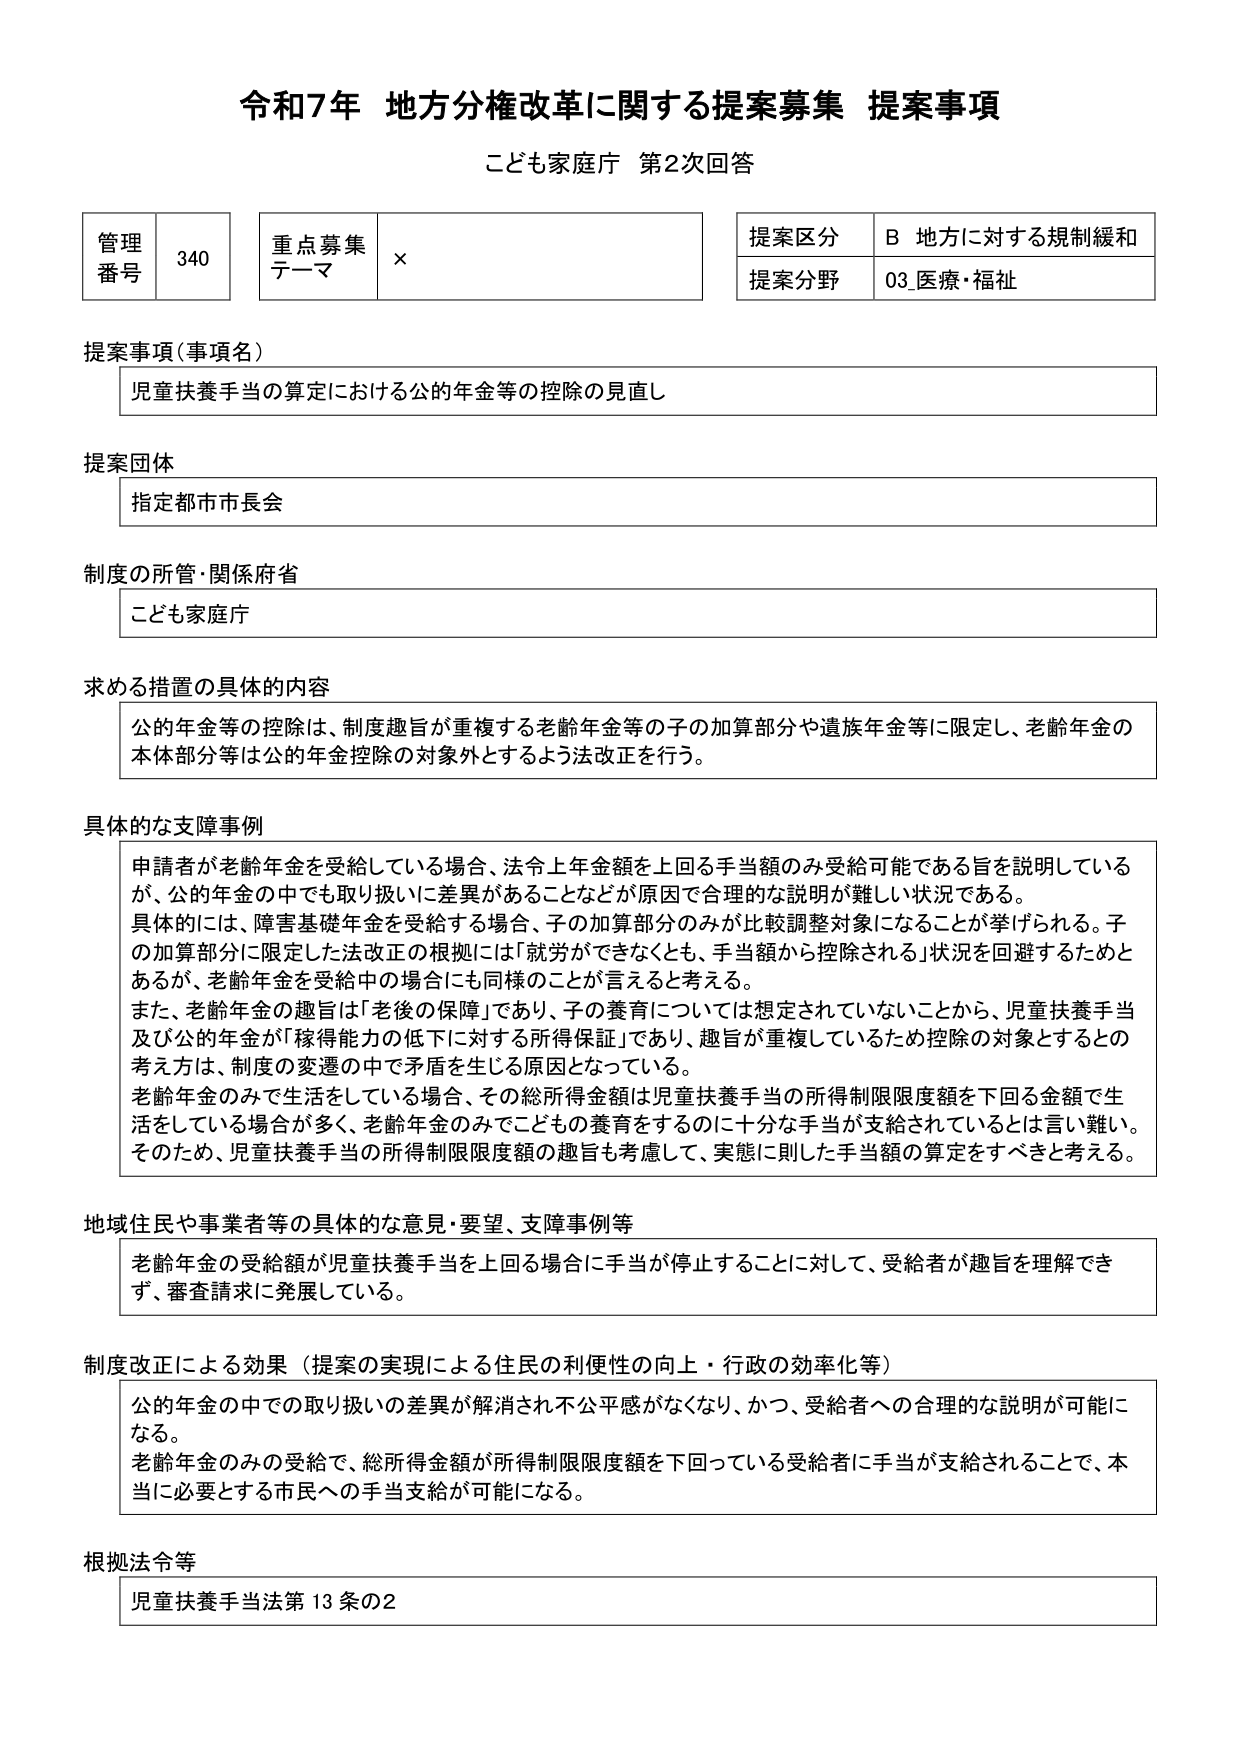
令和7年 地方分権改革に関する提案募集 提案事項
こども家庭庁 第2次回答

管理番号 340
重点募集テーマ ×
提案区分 B 地方に対する規制緩和
提案分野 03_医療・福祉

提案事項（事項名）
児童扶養手当の算定における公的年金等の控除の見直し

提案団体
指定都市市長会

制度の所管・関係府省
こども家庭庁

求める措置の具体的な内容
公的年金等の控除は、制度趣旨が重複する老齢年金等の子の加算部分や遺族年金等に限定し、老齢年金の本体部分等は公的年金控除の対象外とするよう法改正を行う。

具体的な障害事例
申請者が老齢年金を受給している場合、法令上年金額を上回る手当額のみ受給可能である旨を説明しているが、公的年金の中でも取り扱いに差異があることなどが原因で合理的な説明が難しい状況である。
具体的には、障害基礎年金を受給する場合、子の加算部分のみが比較調整対象になることが挙げられる。子の加算部分に限定した法改正の根拠には「就労ができなくとも、手当額から控除される」状況を回避するためとあるが、老齢年金を受給中の場合にも同様のことが言えると考える。
また、老齢年金の趣旨は「老後の保障」であり、子の養育については想定されていないことから、児童扶養手当及び公的年金が「稼得能力の低下に対する所得保証」であり、趣旨が重複しているため控除の対象とするとの考え方は、制度の変遷の中で矛盾を生じる原因となっている。
老齢年金のみで生活をしている場合、その総所得金額は児童扶養手当の所得制限限度額を下回る金額で生活をしている場合が多く、老齢年金のみでこどもの養育をするのに十分な手当が支給されているとは言い難い。そのため、児童扶養手当の所得制限限度額の趣旨も考慮して、実態に則した手当額の算定をすべきと考える。

地域住民や事業者等の具体的な意見・要望、支障事例等
老齢年金の受給額が児童扶養手当を上回る場合に手当が停止することに対して、受給者が趣旨を理解できず、審査請求に発展している。

制度改正による効果（提案の実現による住民の利便性の向上・行政の効率化等）
公的年金の中での取り扱いの差異が解消され不公平感がなくなり、かつ、受給者への合理的な説明が可能になる。
老齢年金のみの受給で、総所得金額が所得制限限度額を下回っている受給者に手当が支給されることで、本当に必要とする市民への手当支給が可能になる。

根拠法令等
児童扶養手当法第13条の2